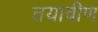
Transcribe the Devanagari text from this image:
तयावीण